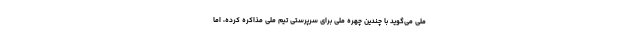
ملی می‌گوید با چندین چهره ملی برای سرپرستی تیم ملی مذاکره کرده، اما